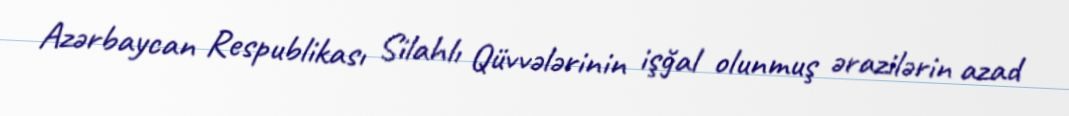
Azərbaycan Respublikası Silahlı Qüvvələrinin işğal olunmuş ərazilərin azad